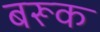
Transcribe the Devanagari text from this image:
बरूक